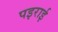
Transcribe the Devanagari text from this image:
पइराई